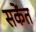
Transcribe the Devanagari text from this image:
सकेंत